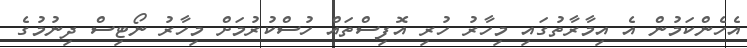
އެހެންކަމުން އެ އިމާރާތުގައި މިހާރު ހުރި އޮފިސްތައް ހުސްކުރުމަށް މިހާރު ނޯޓިސް ދިނުމުގެ